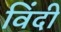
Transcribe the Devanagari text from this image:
विंदी